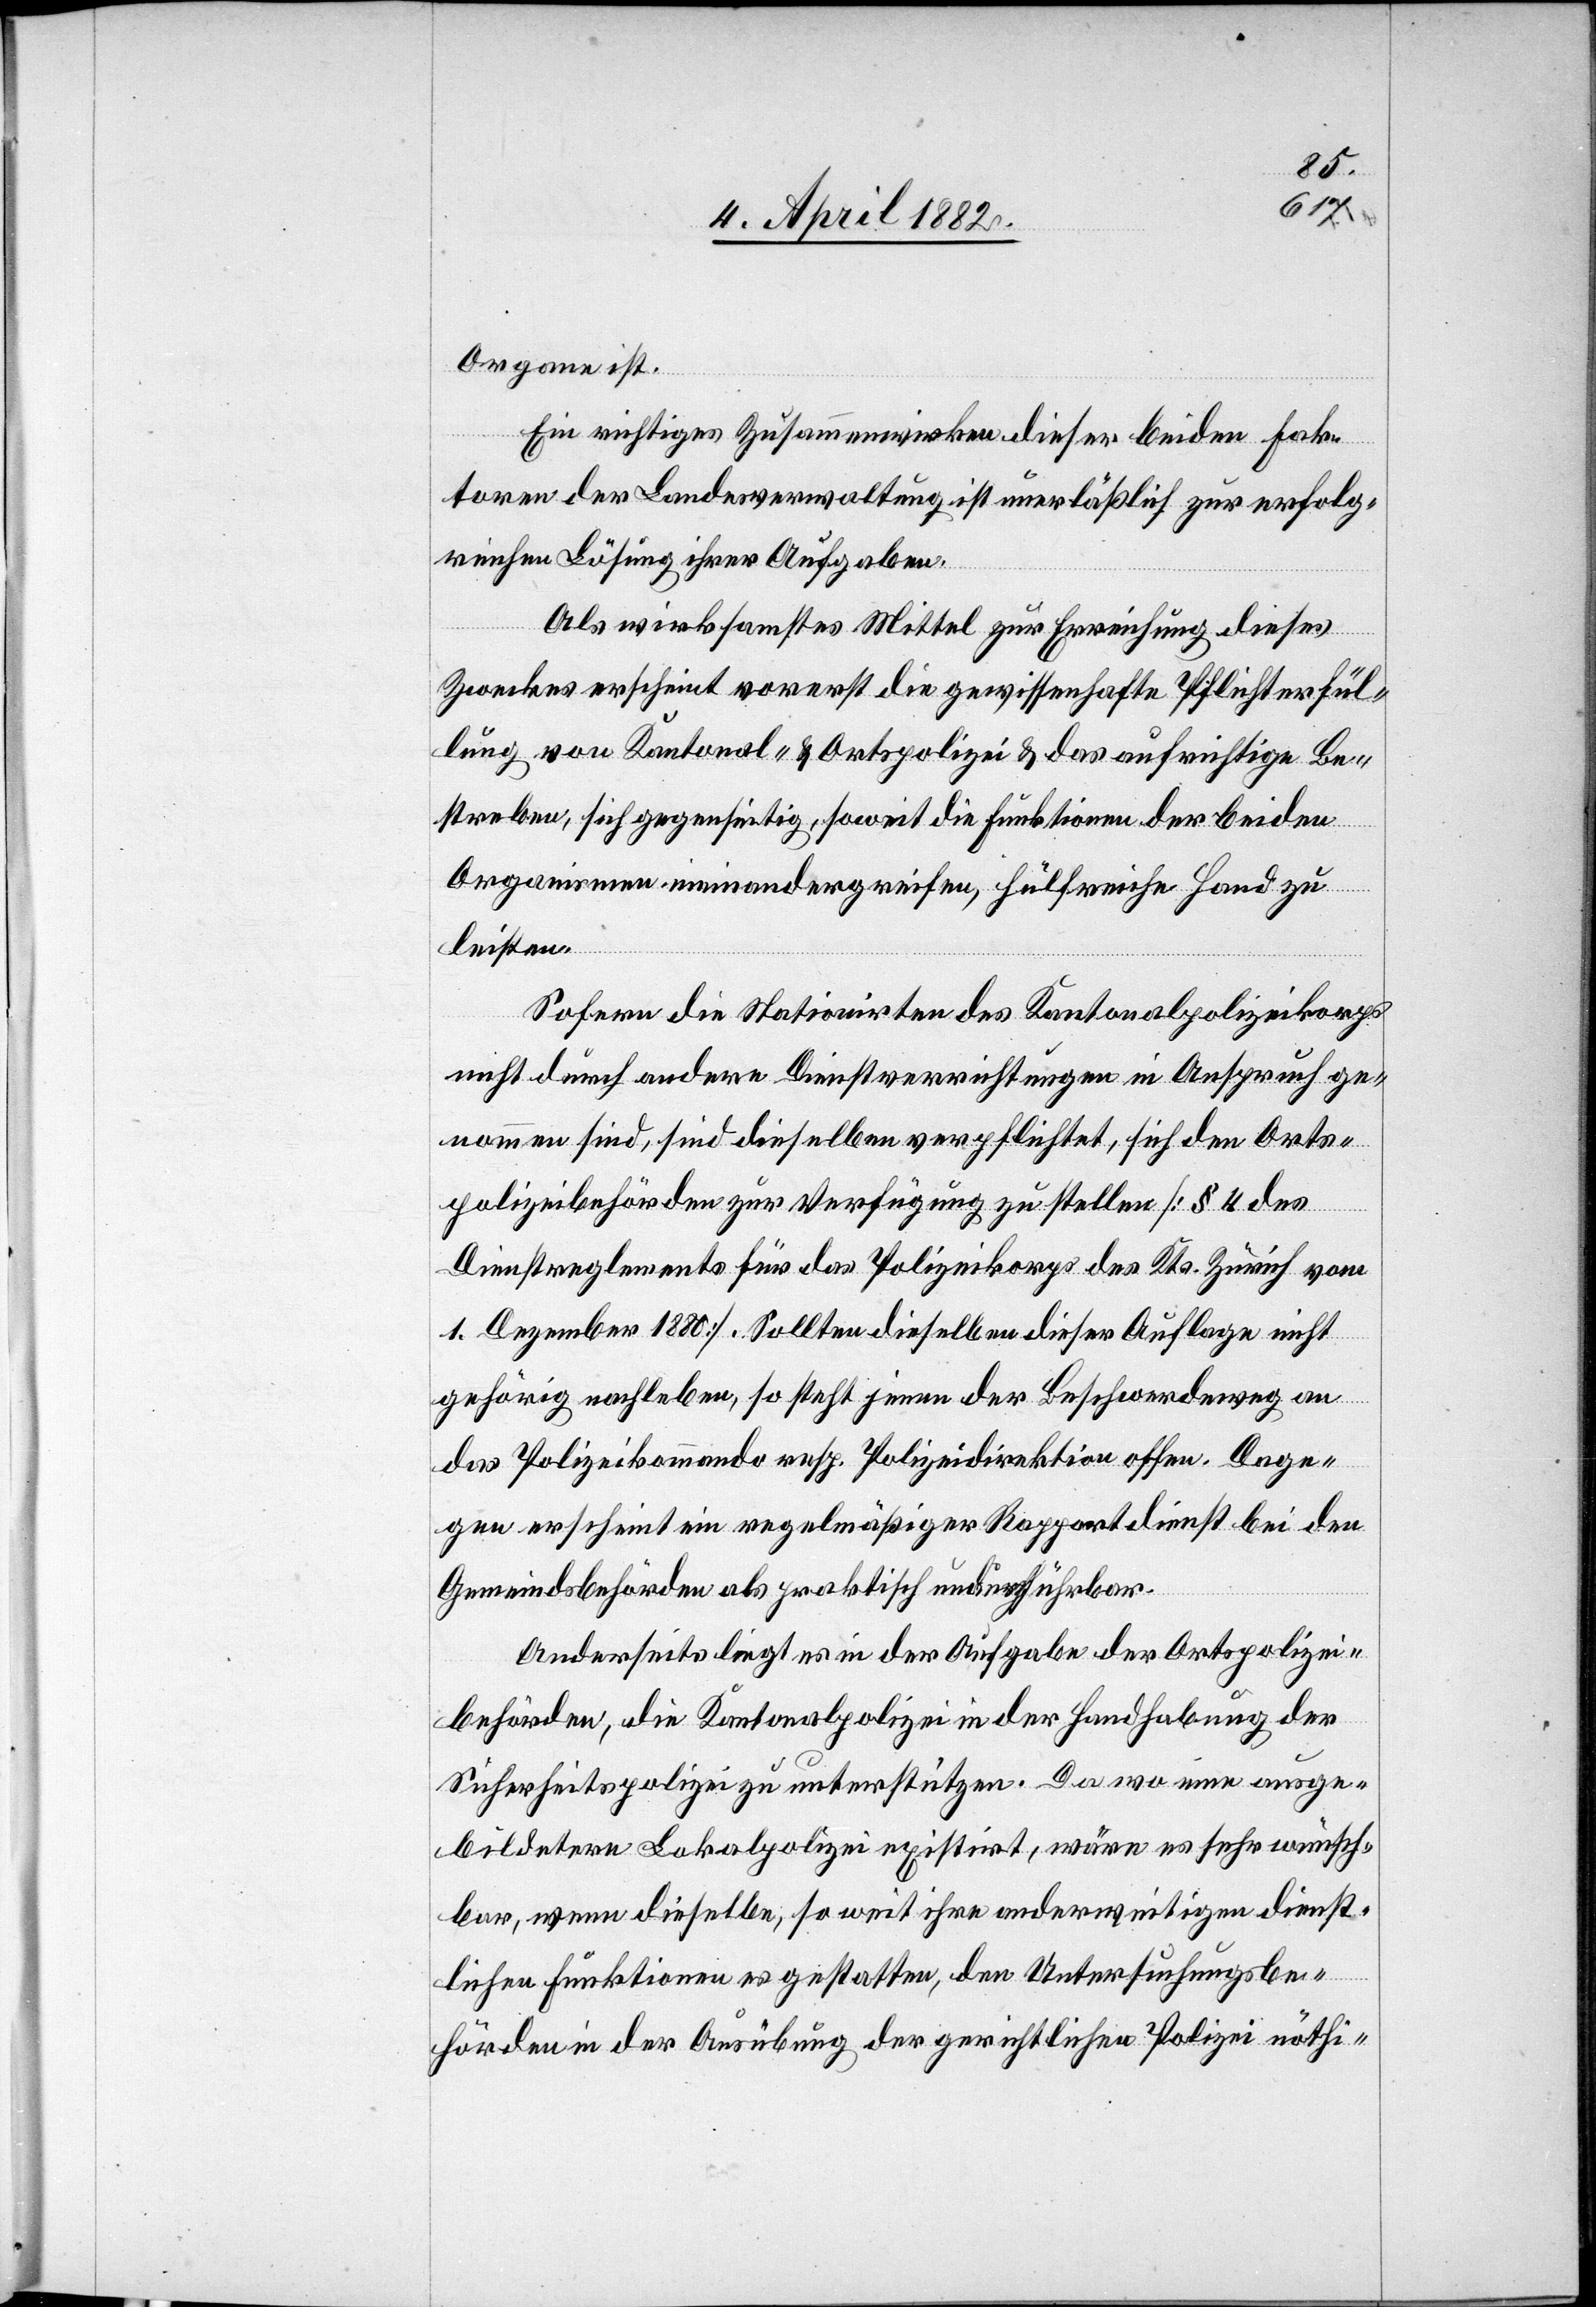
Organe ist.
Ein richtiges Zusammenwirken dieser beiden Fak¬
toren der Landesverwaltung ist unerläßlich zur erfolg¬
reichen Lösung ihrer Aufgaben.
Als wirksamstes Mittel zur Erreichung dieses
Zweckes erscheint vorerst die gewissenhafte Pflichterfül¬
lung von Kantonal- & Ortspolizei & das aufrichtige Be¬
streben, sich gegenseitig, soweit die Funktionen der beiden
Organismen ineinandergreifen, hülfreiche Hand zu
leisten.
Sofern die Stationirten des Kantonalpolizeikorps
nicht durch andere Dienstverrichtungen in Anspruch ge¬
nommen sind, sind dieselben verpflichtet, sich den Orts¬
polizeibehörden zur Verfügung zu stellen [§ 4 des
Dienstreglements für das Polizeikorps des Kts. Zürich vom
1. Dezember 1880]. Sollten dieselben dieser Auflage nicht
gehörig nachleben, so steht jenen der Beschwerdeweg an
das Polizeikommando resp. Polizeidirektion offen. Dage¬
gen erscheint ein regelmäßiger Rapportdienst bei den
Gemeindsbehörden als praktisch undurchführbar.
Anderseits liegt es in der Aufgabe der Ortspolizei¬
behörden, die Kantonalpolizei in der Handhabung der
Sicherheitspolizei zu unterstützen. Da wo eine ausge¬
bildetere Lokalpolizei existirt, wäre es sehr wünsch¬
bar, wenn dieselbe, so weit ihre anderweitigen dienst¬
lichen Funktionen es gestatten, den Untersuchungsbe¬
hörden in der Ausübung der gerichtlichen Polizei nöthi-